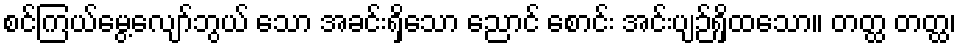
စင်ကြယ်မွေ့လျော်ဘွယ် သော အခင်းရှိသော ညောင် စောင်း အင်းပျဉ်ရှိထသော။ တတ္ထ တတ္ထ၊